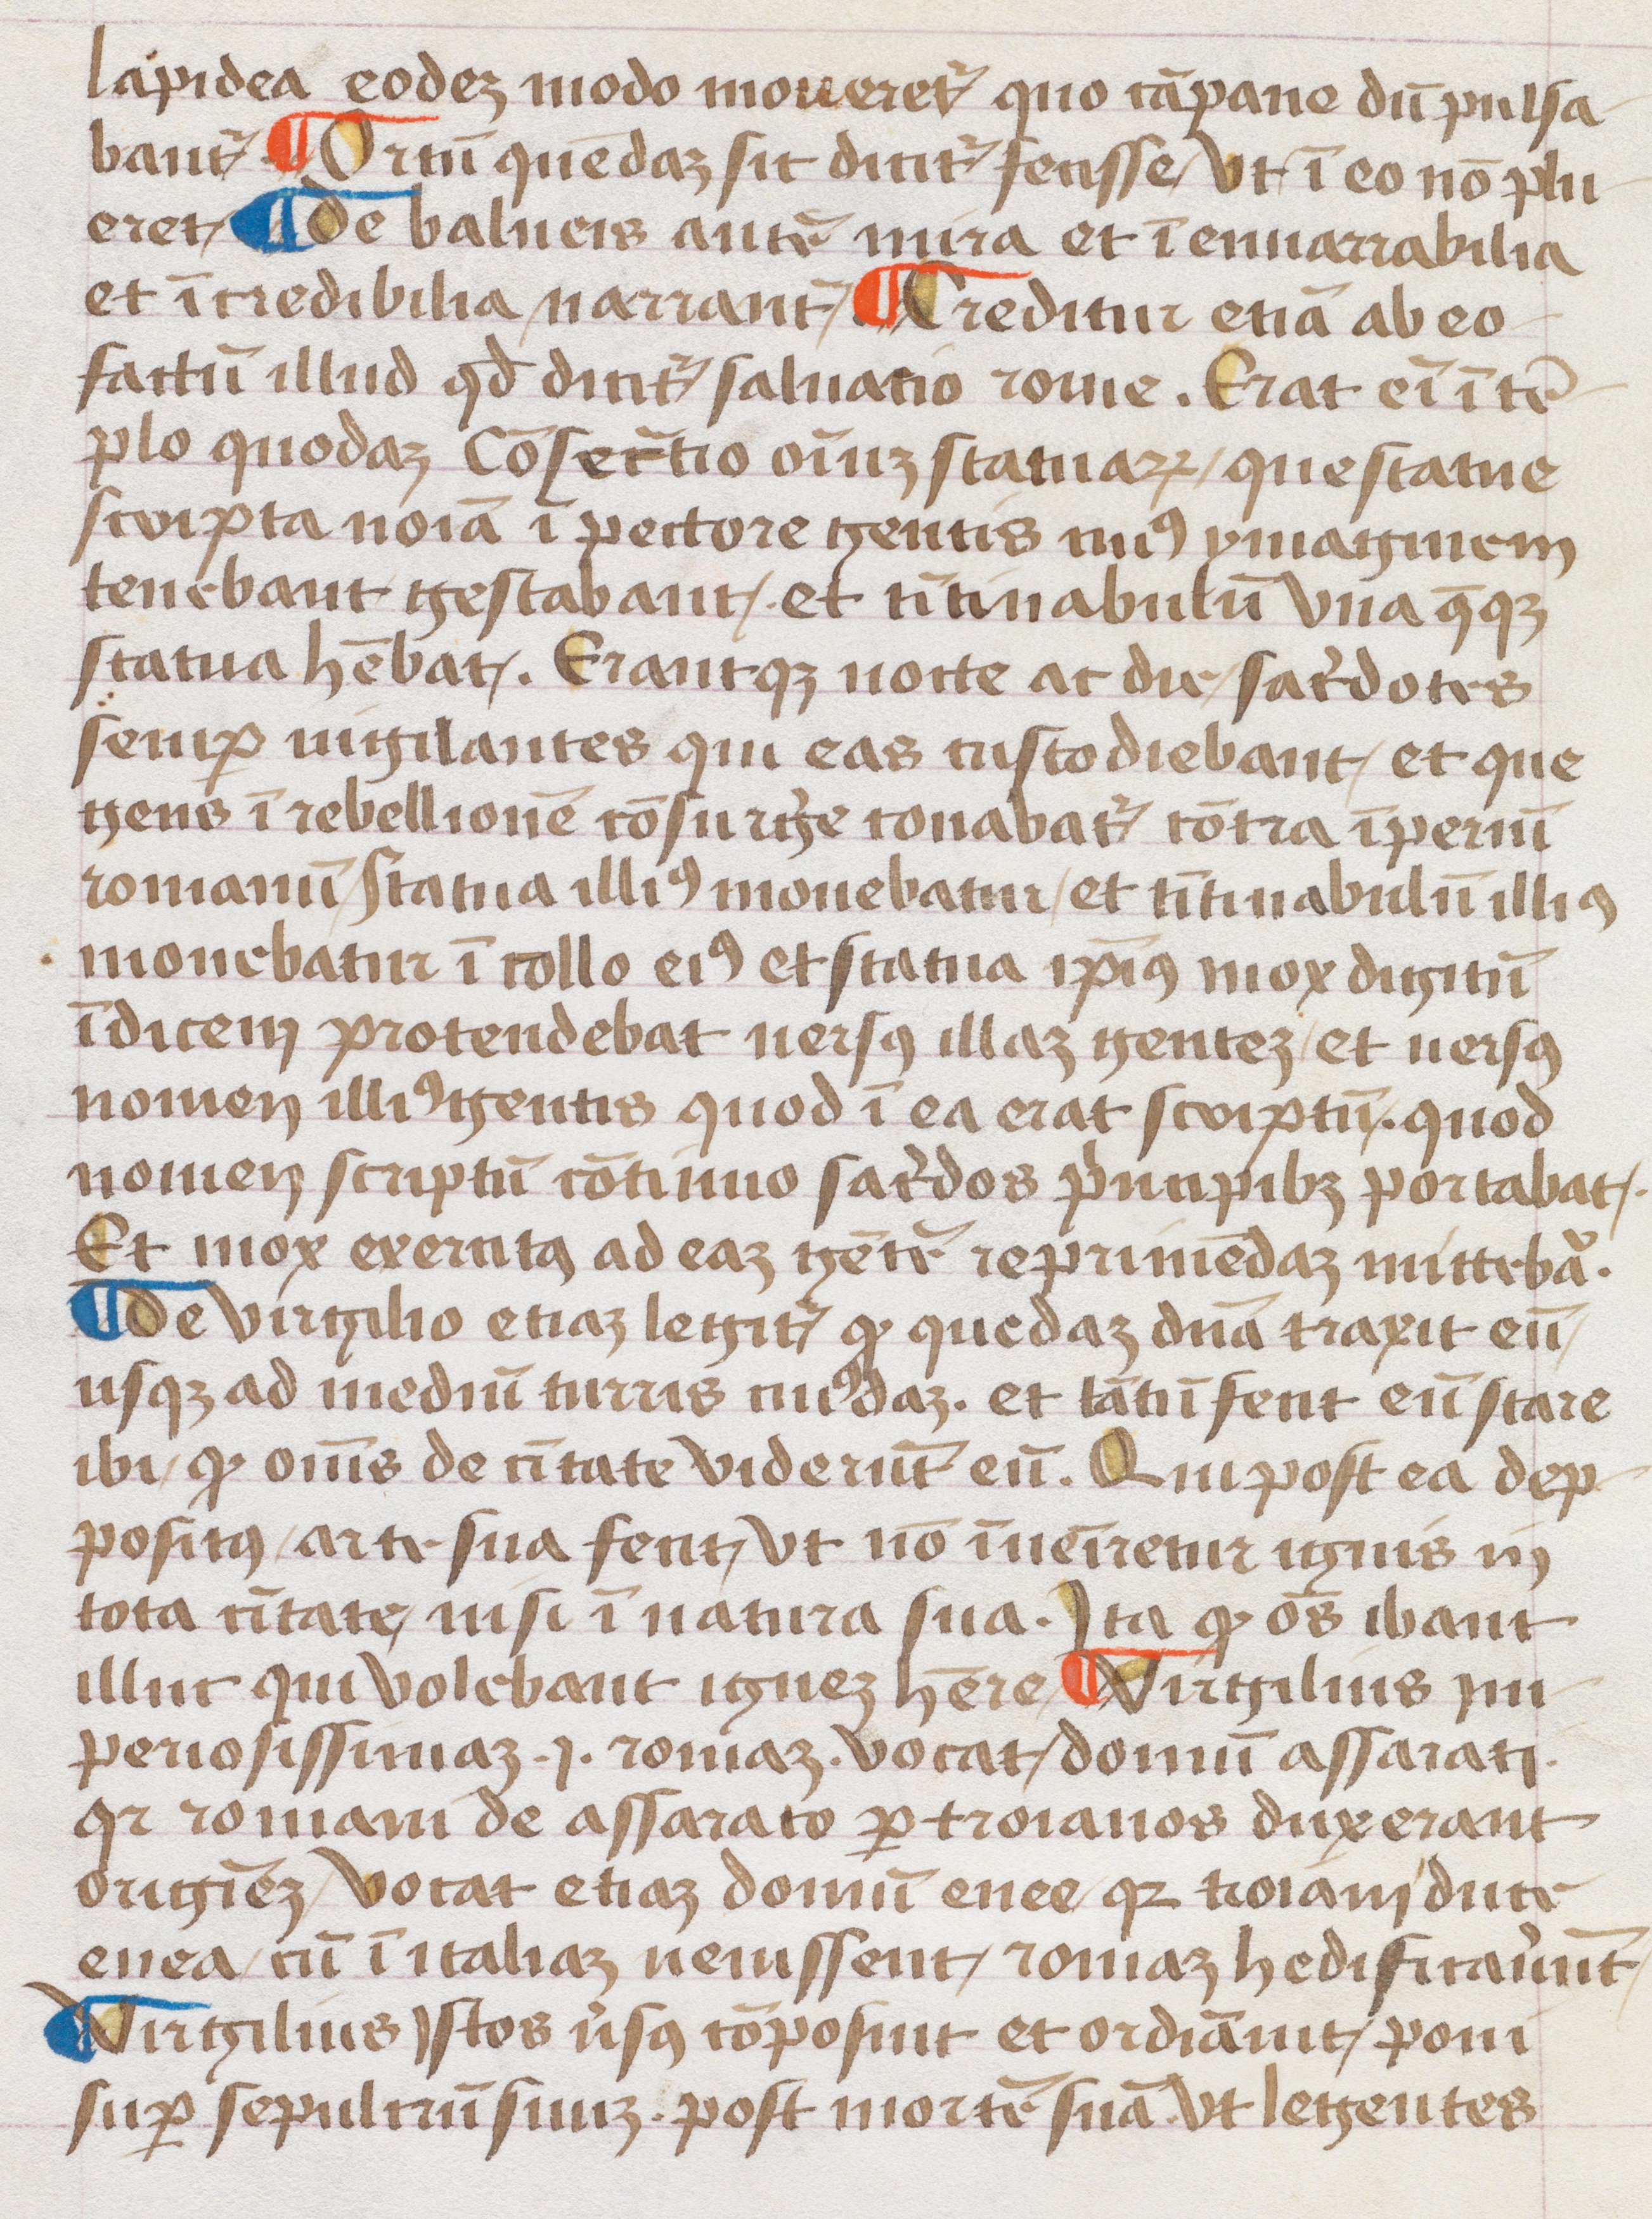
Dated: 1452–1452